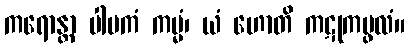
ကရောန္တာ ပါပကံ ကမ္မံ၊ ယံ ဟောတိ ကဋုကပ္ဖလံ။